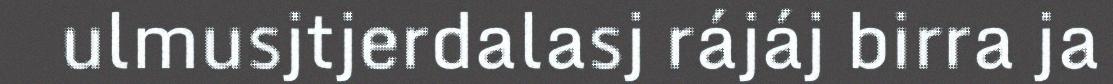
ulmusjtjerdalasj rájáj birra ja